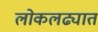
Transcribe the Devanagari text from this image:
लोकलढ्यात